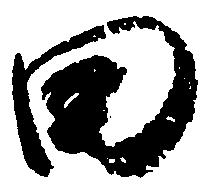
田